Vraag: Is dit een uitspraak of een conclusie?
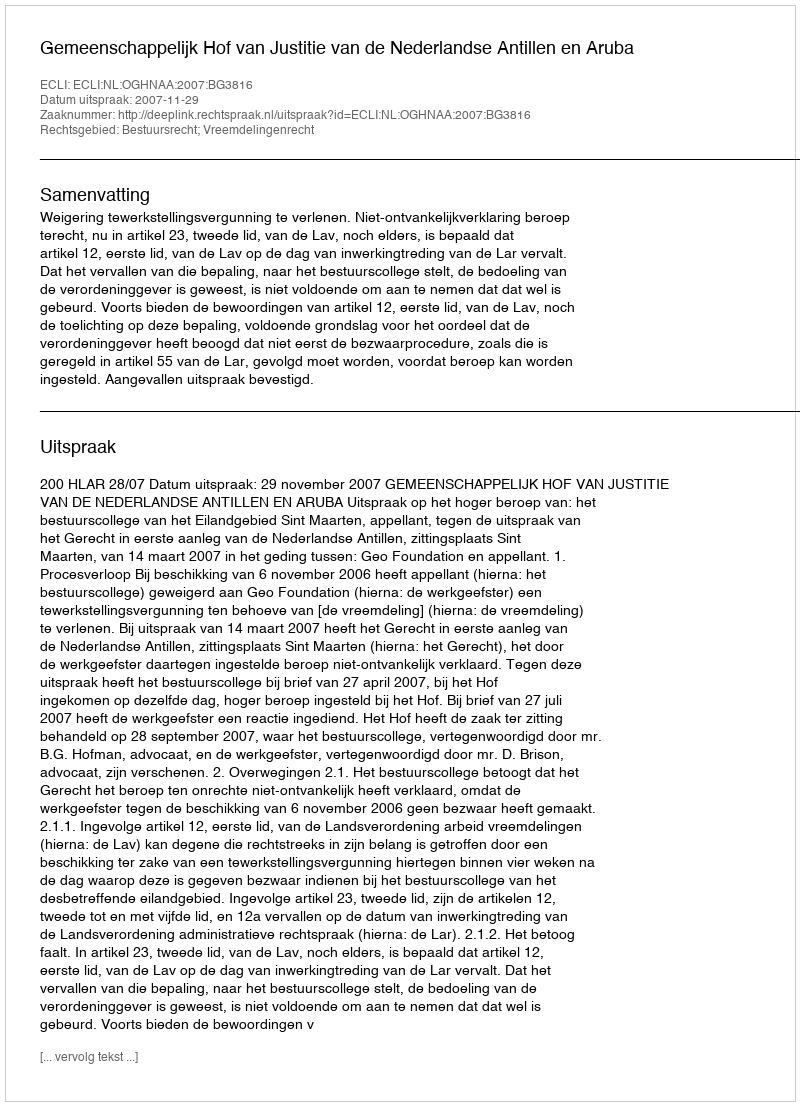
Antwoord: Uitspraak